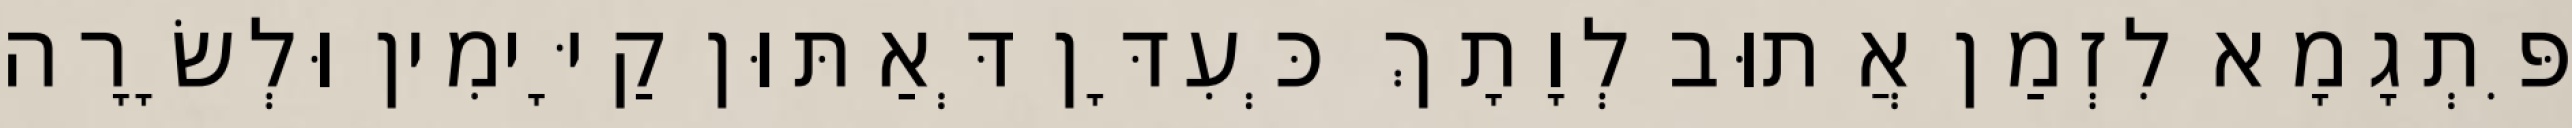
פִּתְגָמָא לִזְמַן אֲתוּב לְוָתָךְ כְּעִדָּן דְּאַתּוּן קַיָּימִין וּלְשָׂרָה